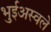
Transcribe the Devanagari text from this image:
भुईअस्वले